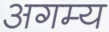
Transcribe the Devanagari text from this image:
अगम्‍य